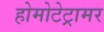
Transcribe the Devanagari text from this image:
होमोटेट्रामर